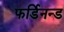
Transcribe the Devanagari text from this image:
फर्डिनन्ड